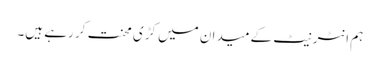
ہم انٹرنیٹ کے میدان میں کڑی محنت کر رہے ہیں۔